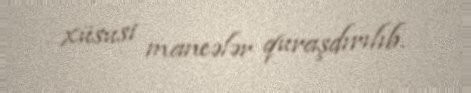
xüsusi maneələr quraşdırılıb.